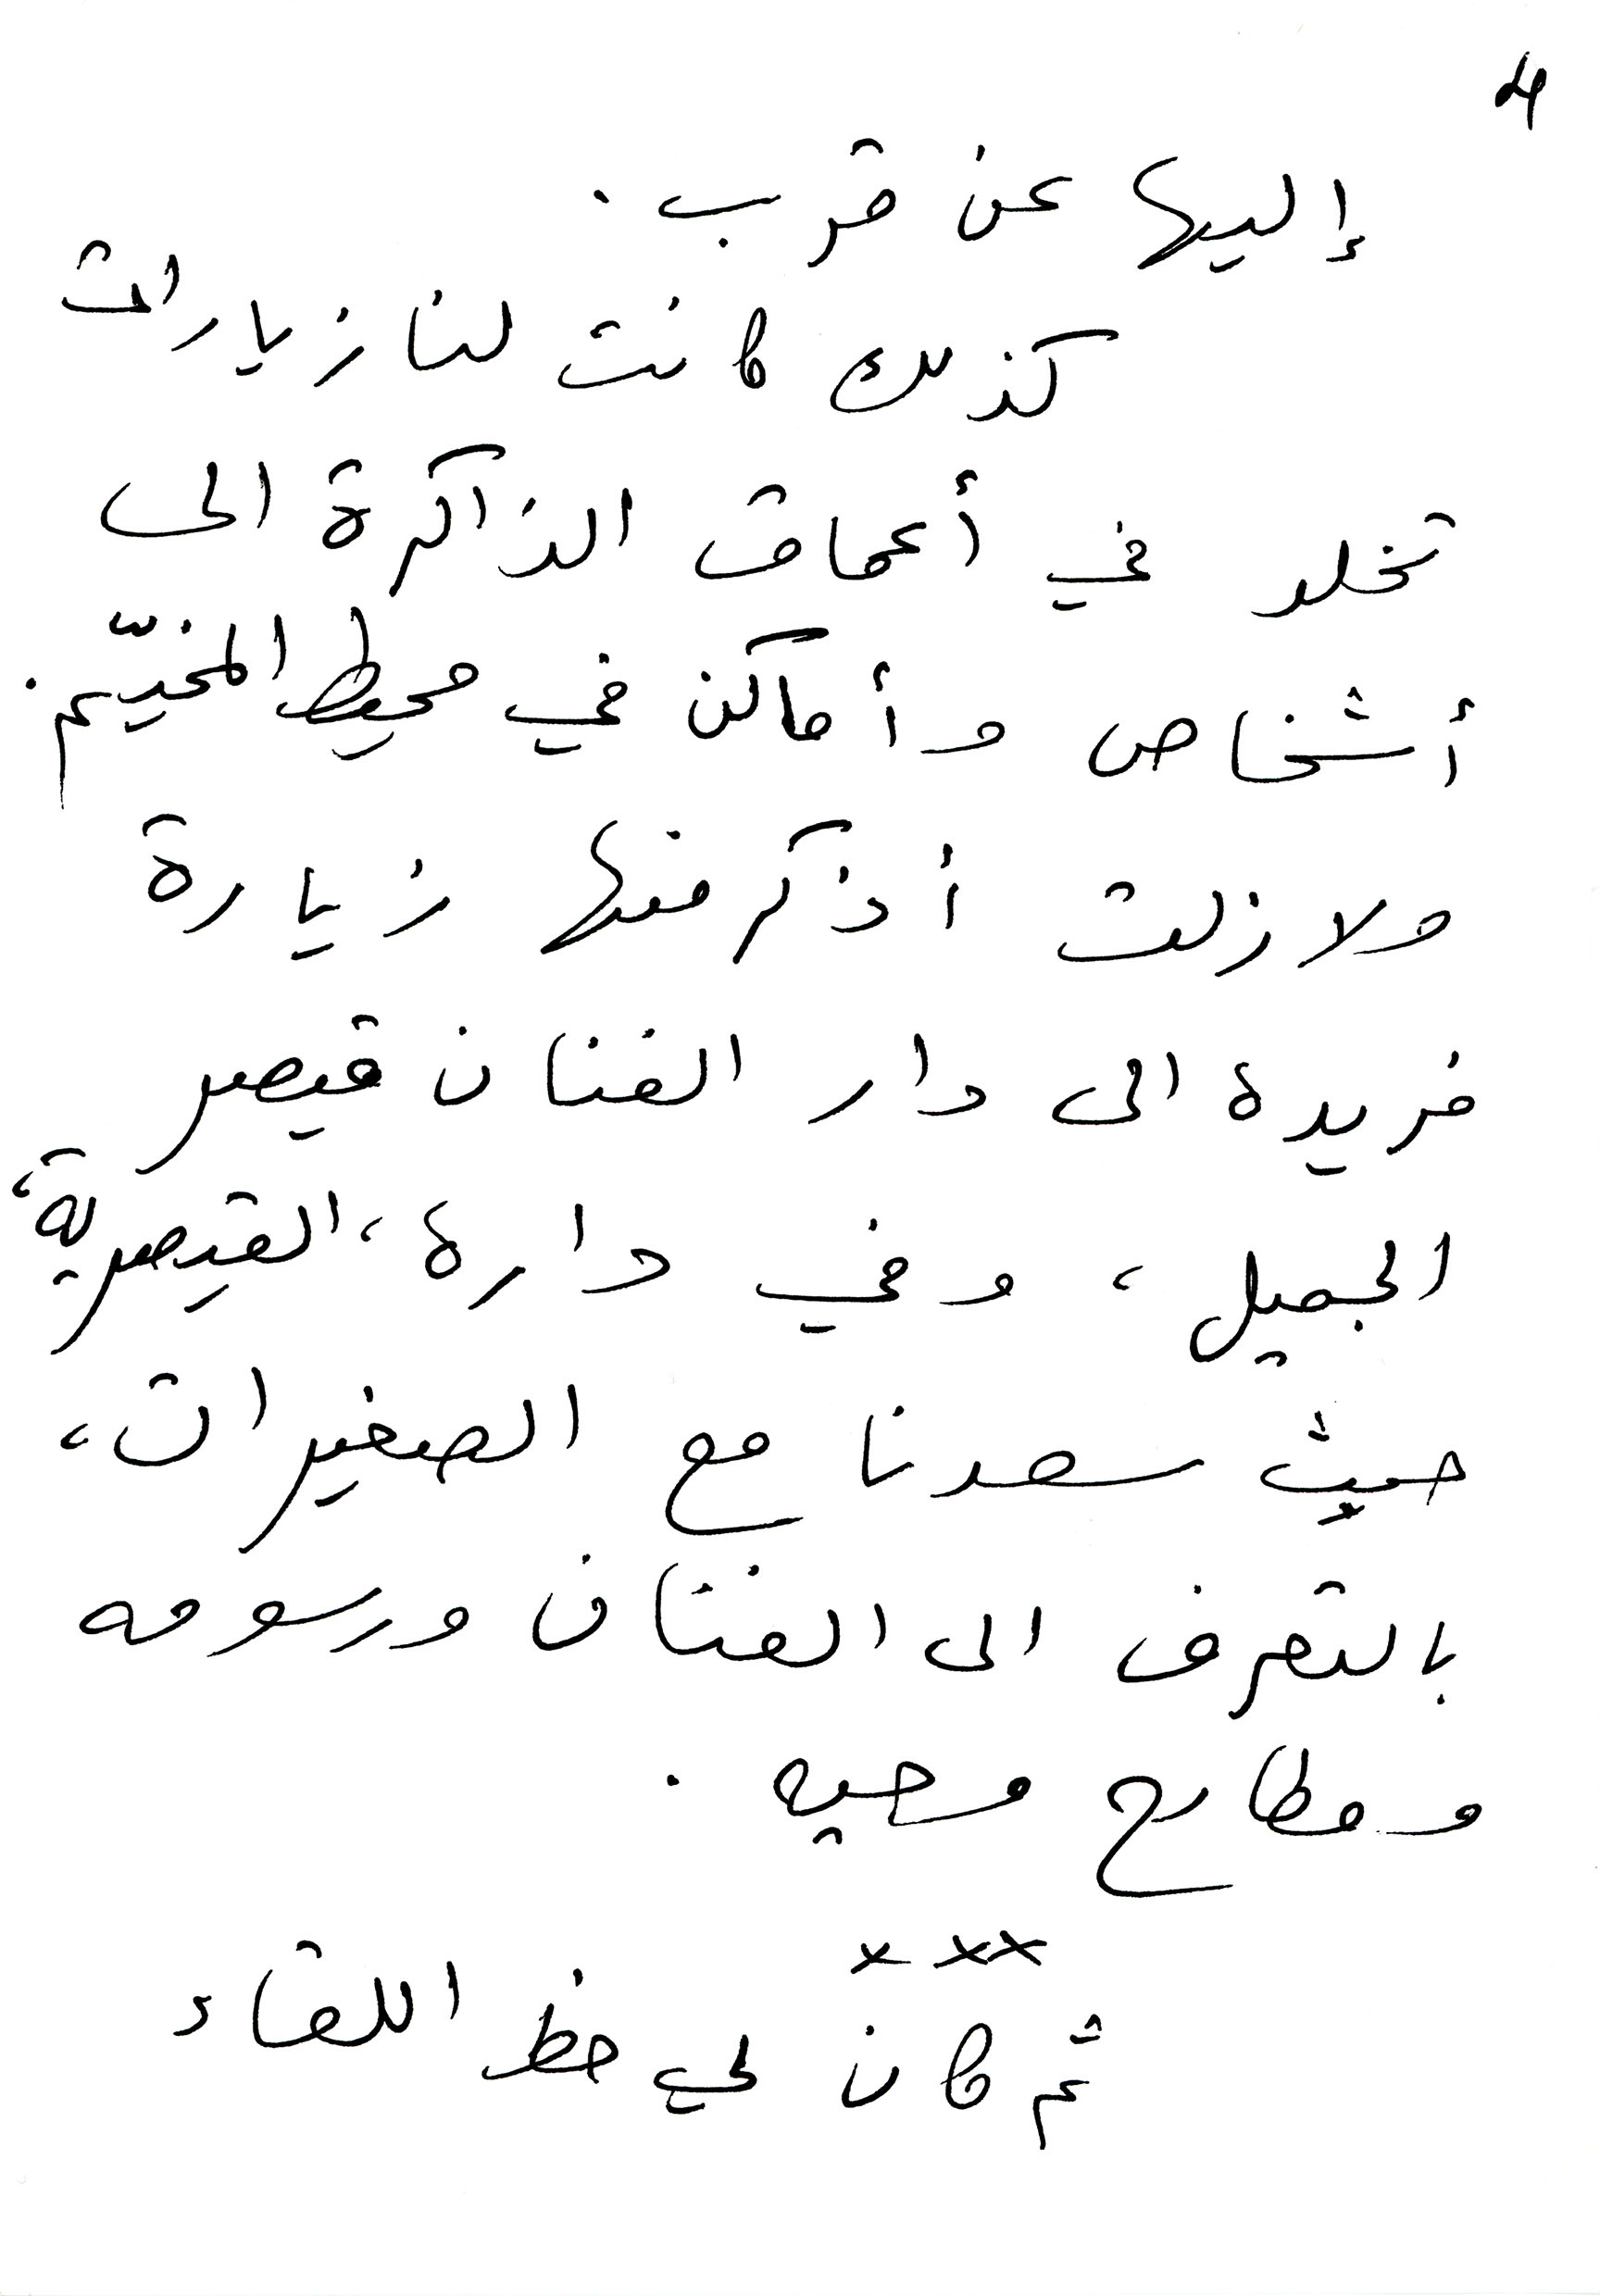
4
إليها عن قرب.
كذلك كانت لنا زيارات
تخلد في أعماق الذاكرة الى
أشخاص وأماكن في محيط المخيّم.
ولا زلت أذكر منها زيارة
فريدة إلى دار الفنان قيصر
الجميل، وفي داره ، القيصرية،
حيث سعدنا مع الصغيرات،
بالتعرف الى الفنان ورسومه
ومطارح وحيه.
ثم كان لي حظ اللقاء